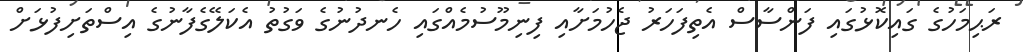
ރަޙިމަހުގެ ގައިކޮޅުގައި ފަންސާސް އެތިފަހަރު ޖެހުމަށާއި ފިނިމޫސުމެއްގައި ހެނދުނުގެ ވަގުތު އެކަލޭގެފާނުގެ އިސްތަށިފުޅަށް